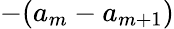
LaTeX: -(a_{m}-a_{m+1})